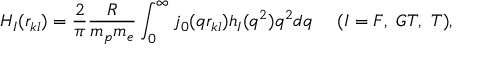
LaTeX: H _ { I } ( r _ { k l } ) = \frac { 2 } { \pi } \frac { R } { m _ { p } m _ { e } } \int _ { 0 } ^ { \infty } j _ { 0 } ( q r _ { k l } ) h _ { I } ( q ^ { 2 } ) q ^ { 2 } d q ~ ~ ~ ~ ( I = F , ~ G T , ~ T ) ,